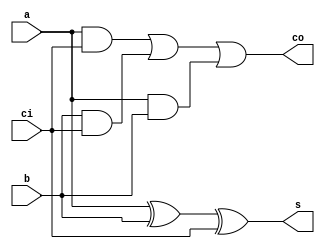
 module full_adder( a ,b , s ,ci,co );

 input a ;
  wire a ;
  input b ;
  wire b ;
  input ci ;
 wire ci ;
 
reg s1,s2,s3;
 output co ;
 reg co ;
 output s ;
reg s;
always @(a or b or ci)
	begin
		s = (a^b)^ci;
		s1 = a&ci;
		s2 = b&ci;
		s3 = a&b;
		co = (s1|s2)|s3;
	end
endmodule